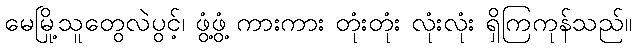
မေမြို့သူတွေလဲပွင့်၊ ဖွံ့ဖွံ့ ကားကား တုံးတုံး လုံးလုံး ရှိကြကုန်သည်။